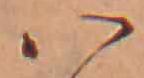
ハ